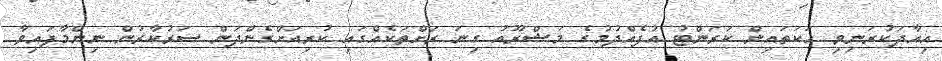
އިއާދަކުރަނިވި ހަކަތައިން ކަރަންޓު އުފެއްދުމުގެ މަޝްރޫއު ގިނަ ރަށްތަކެއްގައި ކުރިއަށްގެންދަން ސަރުކާރުން ނިންމާފައިވާ